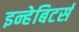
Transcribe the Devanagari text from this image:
इन्हेबिटर्स